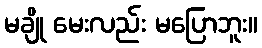
မချို မေးလည်း မပြောဘူး။